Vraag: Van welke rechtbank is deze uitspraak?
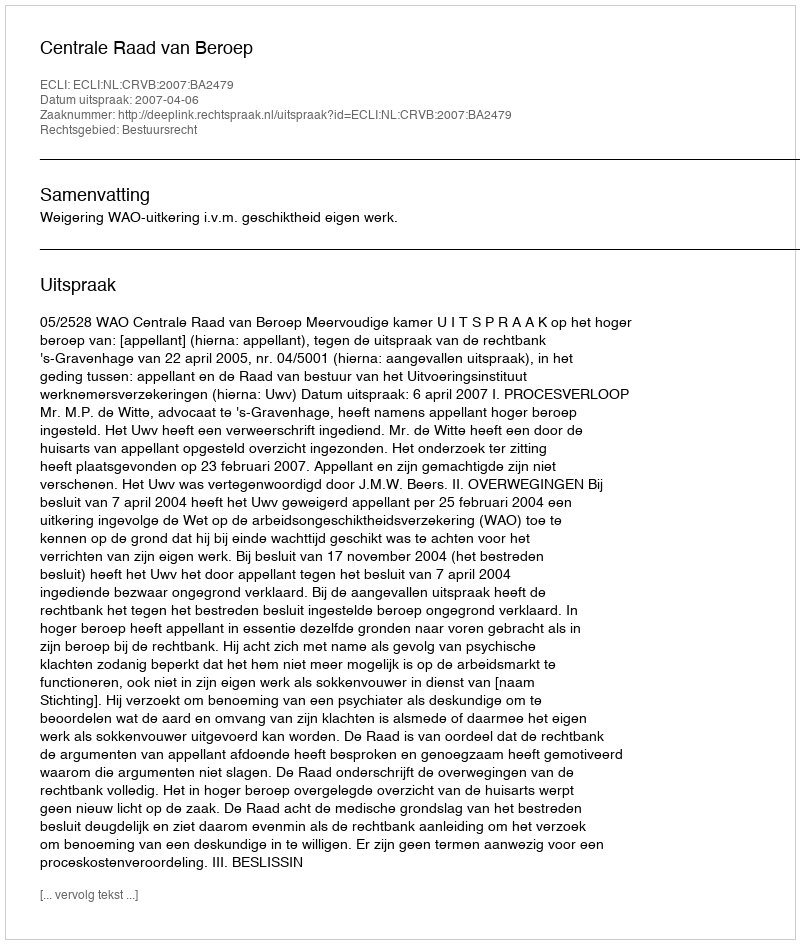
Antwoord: Centrale Raad van Beroep